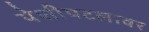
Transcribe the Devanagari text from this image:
पेशीपटलावर